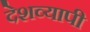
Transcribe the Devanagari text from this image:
देशव्‍यापी